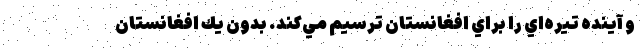
و آينده تيره‌اي را براي افغانستان ترسيم مي‌كند. بدون يك افغانستان